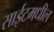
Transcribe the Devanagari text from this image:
साईटमधील